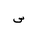
Letter: _sin